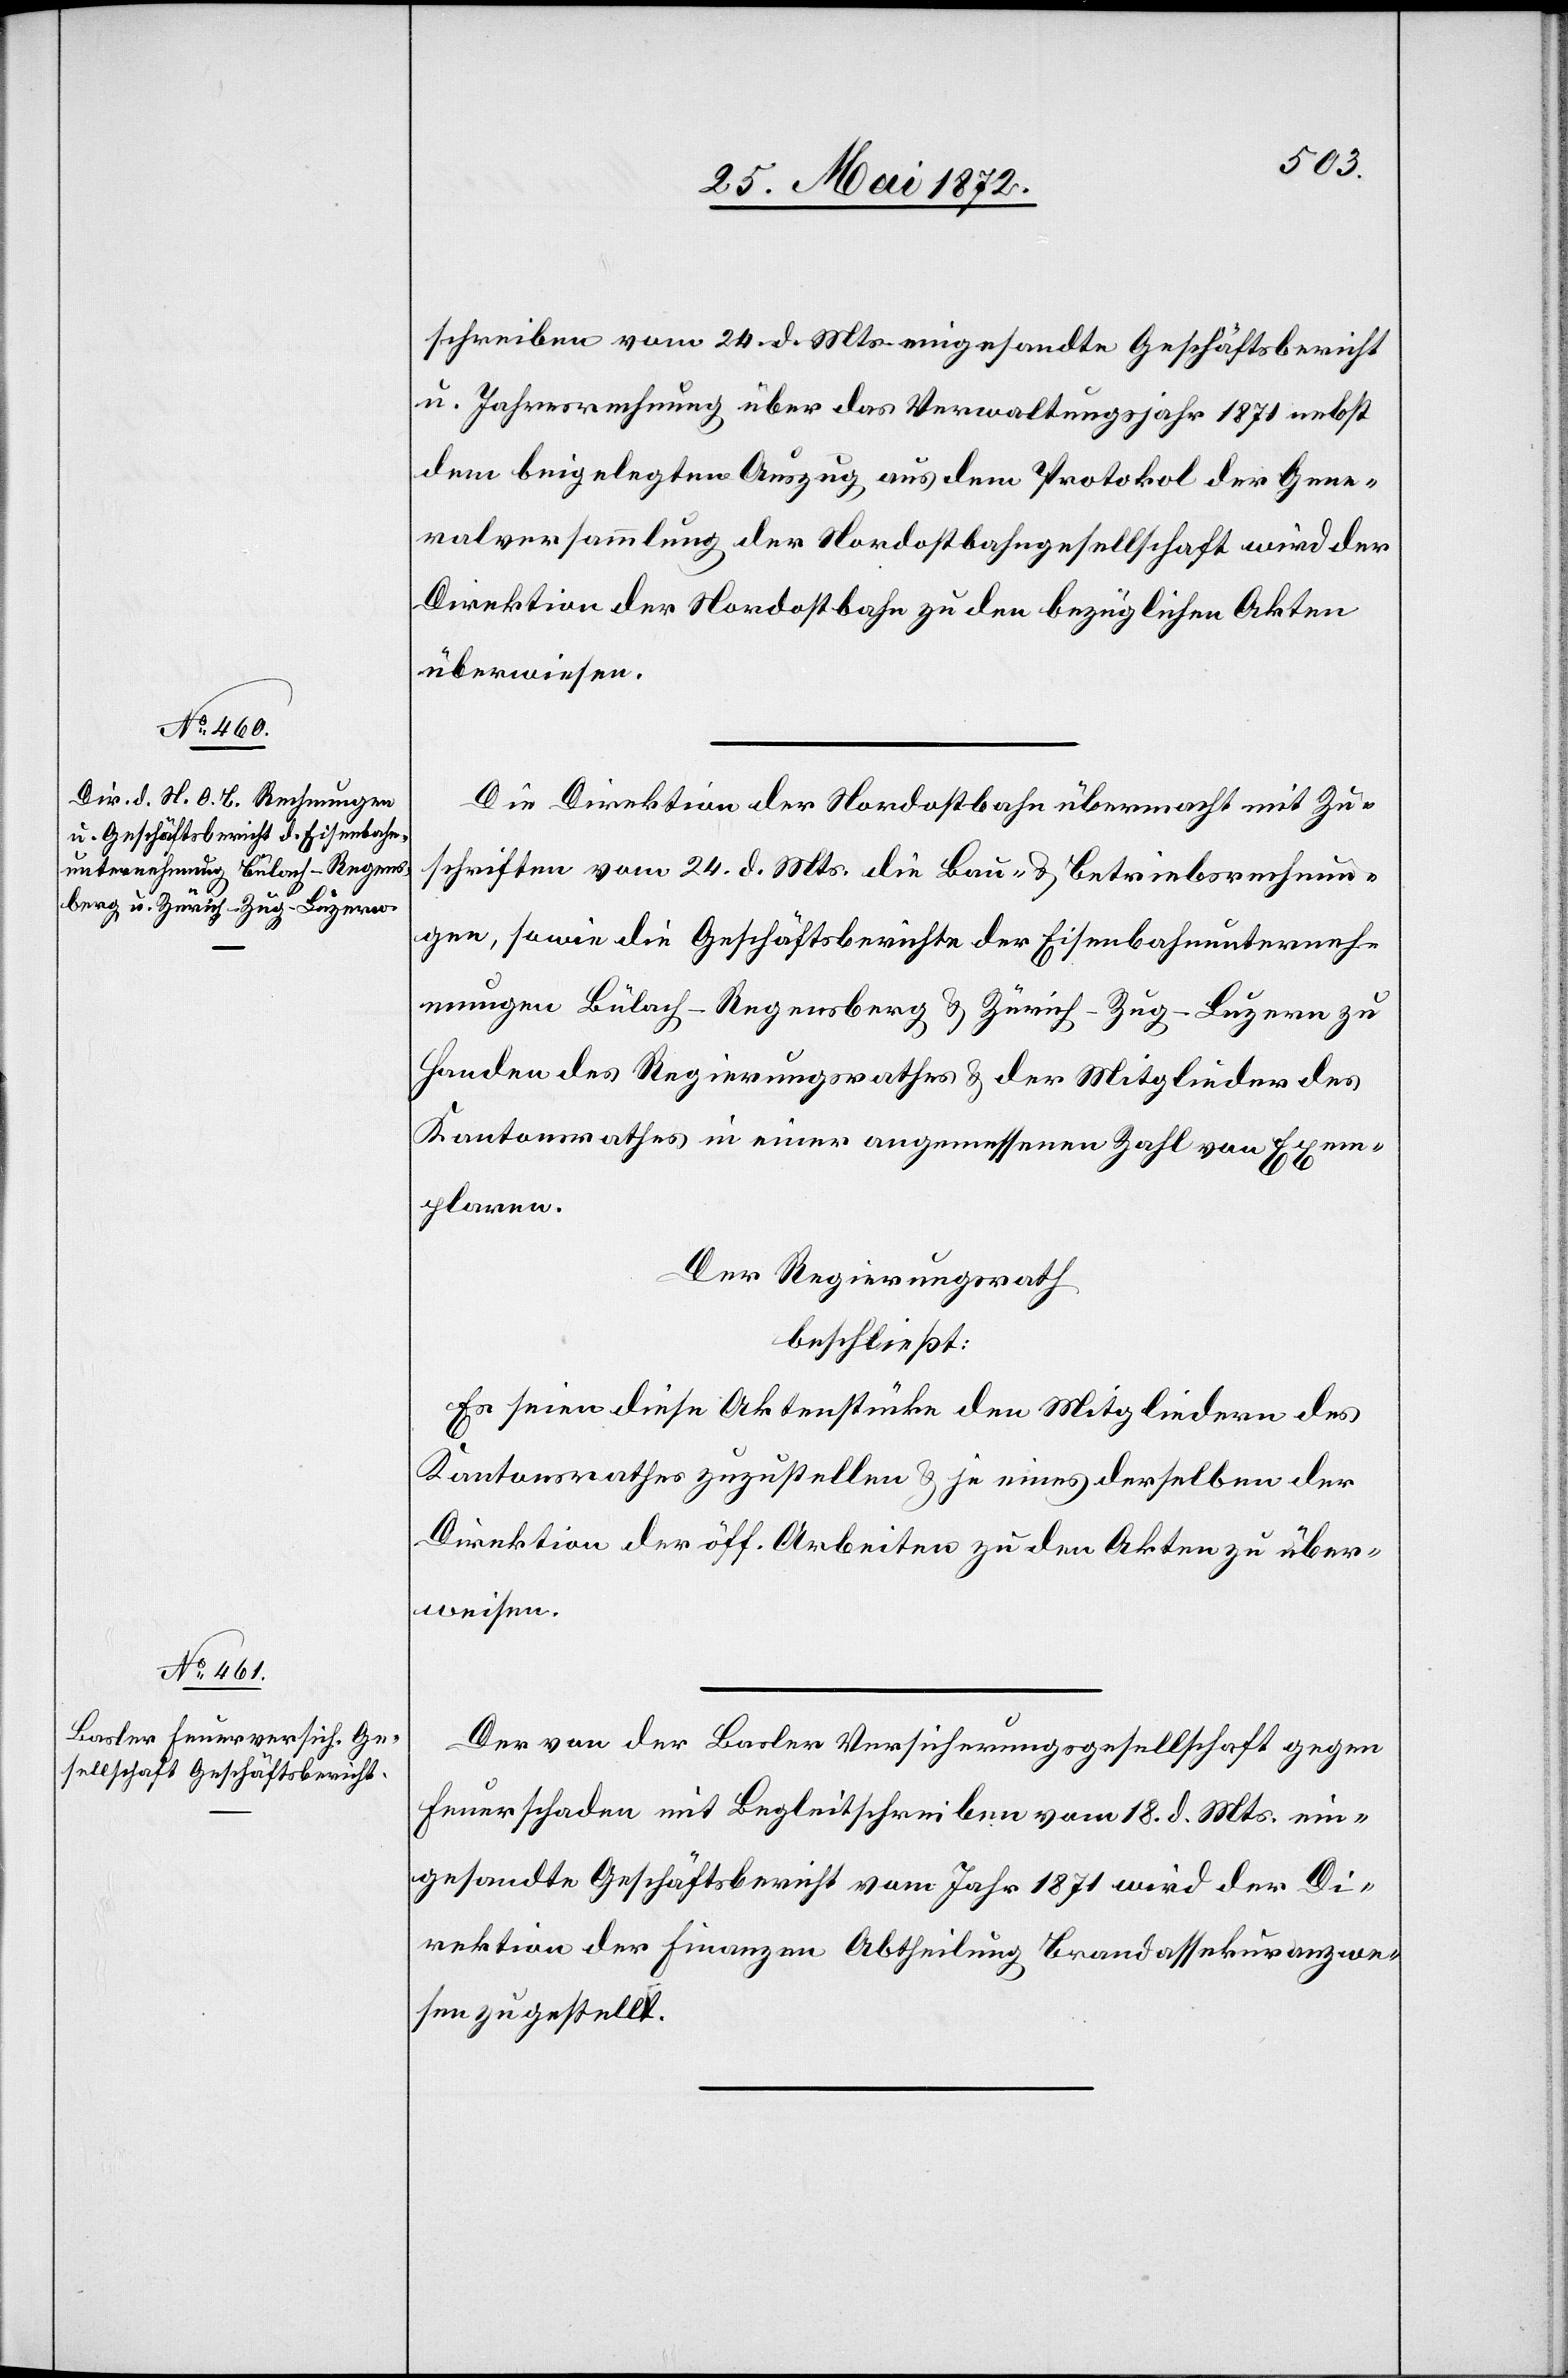
schreiben vom 24. d. Mts. eingesandte Geschäftsbericht
u. Jahresrechnung über das Verwaltungsjahr 1871 nebst
dem beigelegten Auszug aus dem Protokol der Gene¬
ralversammlung der Nordostbahngesellschaft wird der
Direktion der Nordostbahn zu den bezüglichen Akten
überwiesen.
Die Direktion der Nordostbahn übermacht mit Zu¬
schriften vom 24. d. Mts. die Bau- u. Betriebsrechnun¬
gen, sowie die Geschäftsberichte der Eisenbahnunterneh¬
mungen Bülach–Regensberg u. Zürich–Zug–Luzern zu
Handen des Regierungsrathes u. der Mitglieder des
Kantonsrathes in einer angemessenen Zahl von Exem¬
plaren.
Der Regierungsrath
beschließt:
Es seien diese Aktenstücke den Mitgliedern des
Kantonsrathes zuzustellen u. je eines derselben der
Direktion der öff. Arbeiten zu den Akten zu über¬
weisen.
Der von der Basler Versicherungsgesellschaft gegen
Feuerschaden mit Begleitschreiben vom 18. d. Mts. ein¬
gesandte Geschäftsbericht vom Jahr 1871 wird der Di¬
rektion der Finanzen Abtheilung Brandassekuranzwe¬
sen zugestellt.